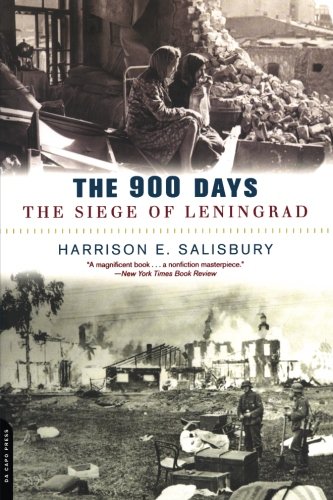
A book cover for The 900 Days: The Siege Of Leningrad; Harrison E. Salisbury; History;